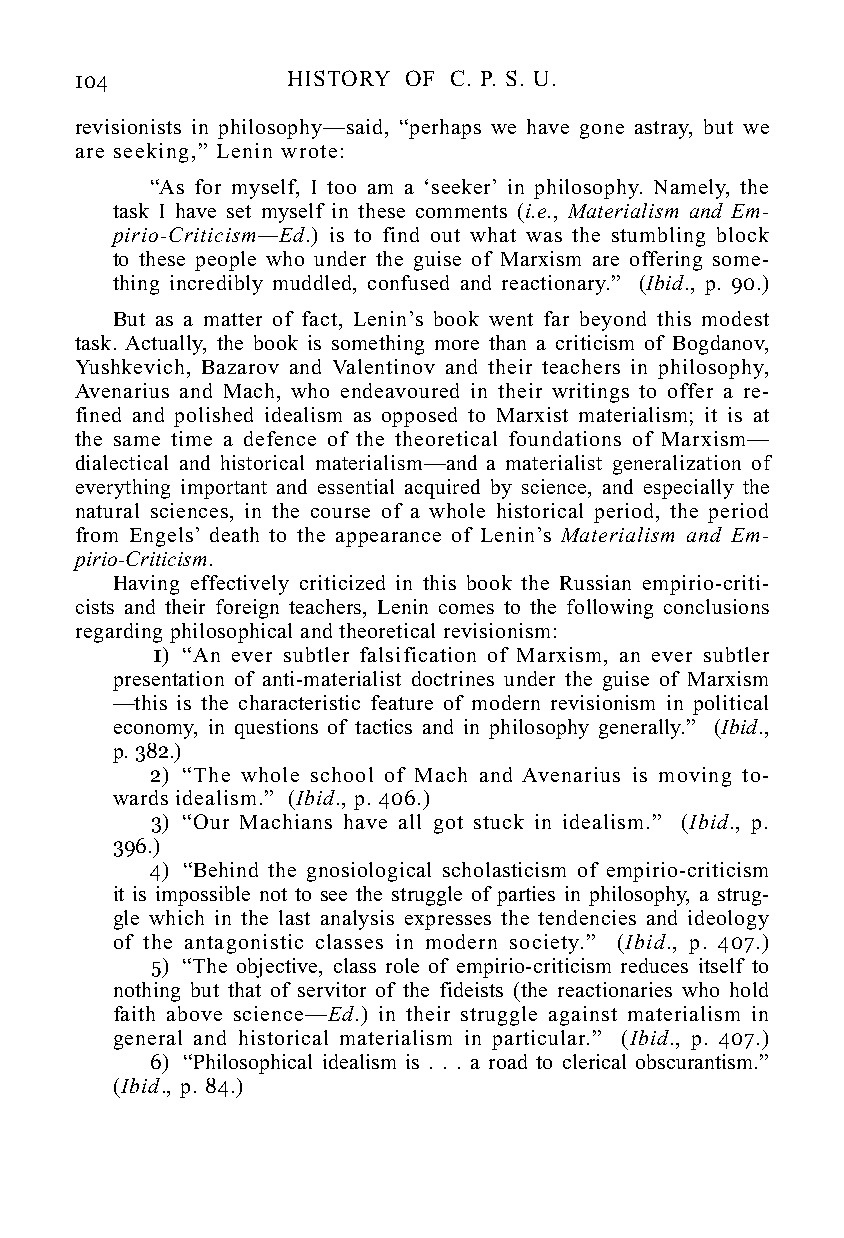
104           HISTORY OF C. P. S. U.
 revisionists in philosophy—said, “perhaps we have gone astray, but we
 are seeking,” Lenin wrote:
 “As for myself, I too am a ‘seeker’ in philosophy. Namely, the
 task I have set myself in these comments (i.e., Materialism and Em-
 pirio-Criticism—Ed.) is to find out what was the stumbling block
 to these people who under the guise of Marxism are offering some-
 thing incredibly muddled, confused and reactionary.” (Ibid., p. 90.)
 But as a matter of fact, Lenin’s book went far beyond this modest
 task. Actually, the book is something more than a criticism of Bogdanov,
 Yushkevich, Bazarov and Valentinov and their teachers in philosophy,
 Avenarius and Mach, who endeavoured in their writings to offer a re-
 fined and polished idealism as opposed to Marxist materialism; it is at
 the same time a defence of the theoretical foundations of Marxism—
 dialectical and historical materialism—and a materialist generalization of
 everything important and essential acquired by science, and especially the
 natural sciences, in the course of a whole historical period, the period
 from Engels’ death to the appearance of Lenin’s Materialism and Em-
 pirio-Criticism.
 Having effectively criticized in this book the Russian empirio-criti-
 cists and their foreign teachers, Lenin comes to the following conclusions
 regarding philosophical and theoretical revisionism:
 1) “An ever subtler falsification of Marxism, an ever subtler
 presentation of anti-materialist doctrines under the guise of Marxism
 —this is the characteristic feature of modern revisionism in political
 economy, in questions of tactics and in philosophy generally.” (Ibid.,
 p. 382.)
 2) “The whole school of Mach and Avenarius is moving to-
 wards idealism.” (Ibid., p. 406.)
 3) “Our Machians have all got stuck in idealism.” (Ibid., p.
 396.)
 4) “Behind the gnosiological scholasticism of empirio-criticism
 it is impossible not to see the struggle of parties in philosophy, a strug-
 gle which in the last analysis expresses the tendencies and ideology
 of the antagonistic classes in modern society.” (Ibid., p. 407.)
 5) “The objective, class role of empirio-criticism reduces itself to
 nothing but that of servitor of the fideists (the reactionaries who hold
 faith above science—Ed.) in their struggle against materialism in
 general and historical materialism in particular.” (Ibid., p. 407.)
 6) “Philosophical idealism is . . . a road to clerical obscurantism.”
 (Ibid., p. 84.)